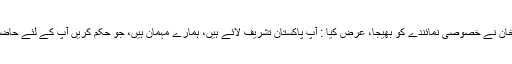
ایوب خان نے خصوصی نمائندے کو بھیجا، عرض کیا : آپ پاکستان تشریف لائے ہیں، ہمارے مہمان ہیں، جو حکم کریں آپ کے لئے حاضر ہے۔